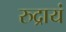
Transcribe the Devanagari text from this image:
रुद्रायं